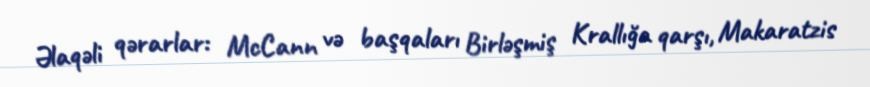
Əlaqəli qərarlar: McCann və başqaları Birləşmiş Krallığa qarşı, Makaratzis